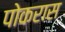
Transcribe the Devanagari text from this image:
पोकरास